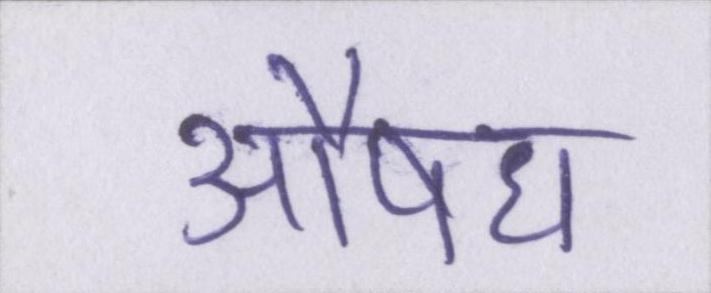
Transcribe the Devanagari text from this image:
औषध